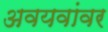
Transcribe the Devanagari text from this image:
अवयवांवर